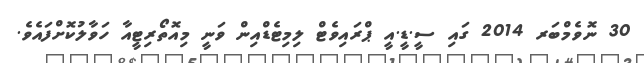
30 ނޮވެމްބަރ 2014 ގައި ސީ.ޑީ.އީ ޕްރައިވެޓް ލިމިޓެޑްއިން ވަނީ މިއޮތޯރިޓީއާ ހަވާލުކޮށްފައެވެ.